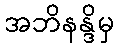
အဘိနန္ဒိမှ